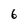
Character: 6